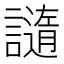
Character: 䜔